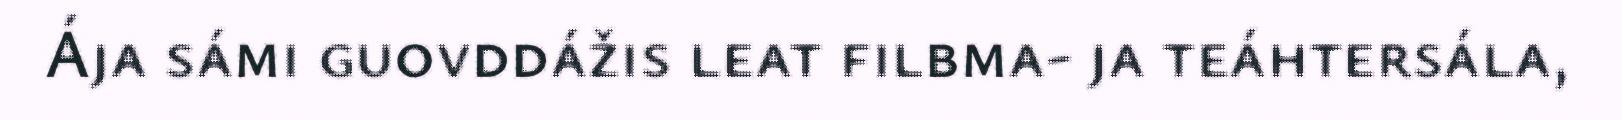
Ája sámi guovddážis leat filbma- ja teáhtersála,